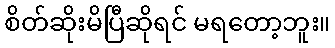
စိတ်ဆိုးမိပြီဆိုရင် မရတော့ဘူး။